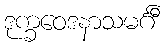
ဒုက္ခဝေဒနာသမင်္ဂီ